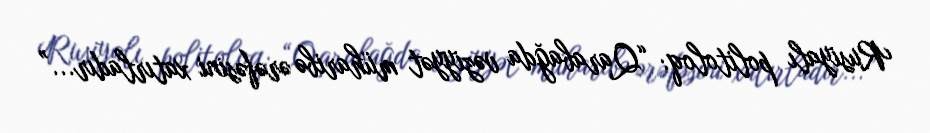
Rusiyalı politoloq: “Qarabağda vəziyyət müharibə ərəfəsini xatırladır...”